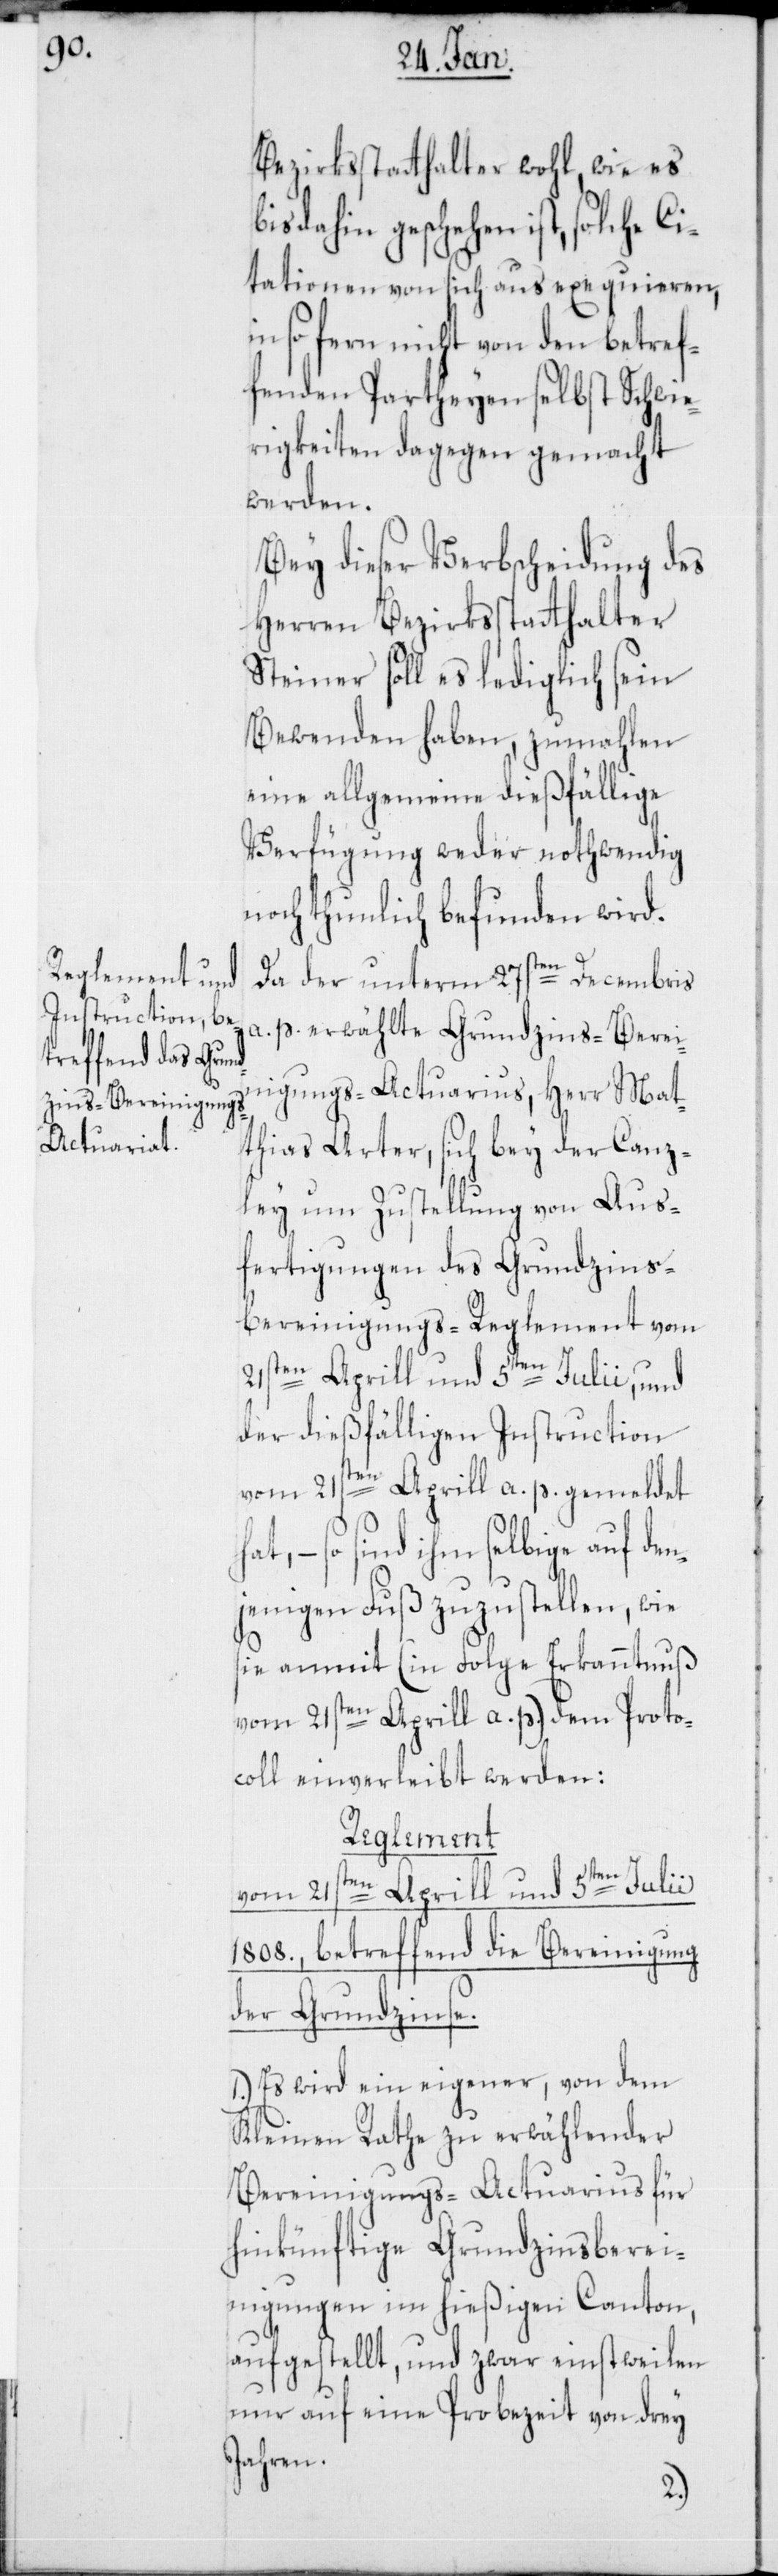
Bezirksstatthalter wohl, wie es
dahin geschehen ist, solche C¬
itationen von sich aus exequieren,
in so fern nicht von den betref¬
fenden Partheyen selbst Schwie¬
rigkeiten dagegen gemacht
Bey dieser Verbscheidung des
Herren Bezirksstatthalter
Steiner soll es lediglich sein
Bewenden haben, zumahlen
eine allgemeine dießfällige
Verfügung weder nothwendig
noch thunlich befunden wird.
Da der unterm 27sten Decembris
a. p. erwählte Grundzins-Berei¬
nigungs-Actuarius, Herr Mat¬
thias Arter, sich bey der Canz¬
ley um Zustellung von Aus¬
fertigungen des Grundzins-B¬
ereinigungs-Reglement vom
21sten Aprill und 5ten Julii, und
der dießfälligen Instruction
vom 21sten Aprill a. p. gemeldet
so sind ihm selbige auf den¬
jenigen Fuß zuzustellen, wie
sie anmit (in Folge Erkanntnuß
vom 21sten Aprill a. p.) dem Proto¬
coll einverleibt werden:
Reglement
vom 21sten Aprill und 5ten Julii
1808., betreffend die Bereinigung
der Grundzinse.
1.) Es wird ein eigener, von dem
Kleinen Rathe zu erwählender
Bereinigungs-Actuarius für
hinkünftige Grundzinsberei¬
nigungen im hießigen Canton,
aufgestellt, und zwar einstweilen
nur auf eine Probezeit von drey
Jahren.